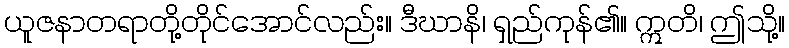
ယူဇနာတရာတို့တိုင်အောင်လည်း။ ဒီဃာနိ၊ ရှည်ကုန်၏။ ဣတိ၊ ဤသို့။